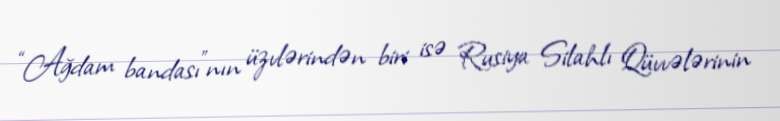
“Ağdam bandası”nın üzvlərindən biri isə Rusiya Silahlı Qüvvələrinin